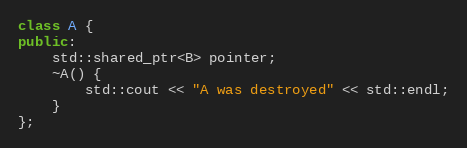
Language: C++
class A {
public:
    std::shared_ptr<B> pointer;
    ~A() {
        std::cout << "A was destroyed" << std::endl;
    }
};